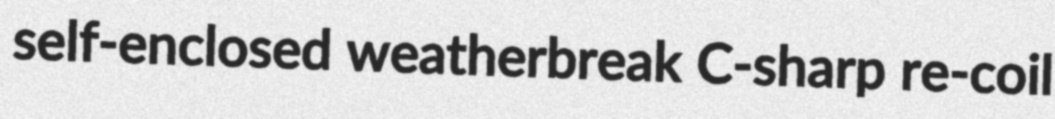
self-enclosed weatherbreak C-sharp re-coil